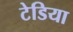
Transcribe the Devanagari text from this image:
टेडिया